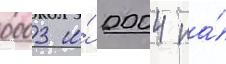
0003 и́ 0004 на́